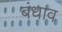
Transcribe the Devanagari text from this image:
बंधाव